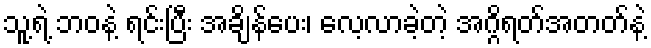
သူ့ရဲ့ ဘဝနဲ့ ရင်းပြီး အချိန်ပေး၊ လေ့လာခဲ့တဲ့ အဂ္ဂိရတ်အတတ်နဲ့